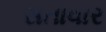
સતાવાર